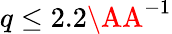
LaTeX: q\leq 2.2\AA^{-1}